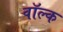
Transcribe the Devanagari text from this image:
वॉल्क